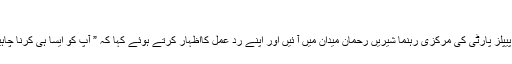
“
حسین ندیم کے اس ٹویٹ پر سینیٹر اور پیپلز پارٹی کی مرکزی رہنما شیریں رحمان میدان میں آ ئیں اور اپنے رد عمل کااظہار کرتے ہوئے کہا کہ ” آپ کو ایسا ہی کرنا چاہیے ، کیونکہ یہ بہت ہی ہیبت ناک ہے ۔